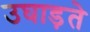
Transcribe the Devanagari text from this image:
उघाड़ते